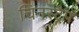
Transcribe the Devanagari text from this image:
चिनस्ट्रैप